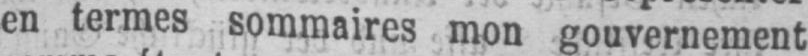
en termes sommaires mon gouvernement